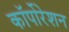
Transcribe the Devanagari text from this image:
काॅर्पोरेशन